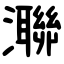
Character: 㶌